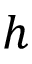
h